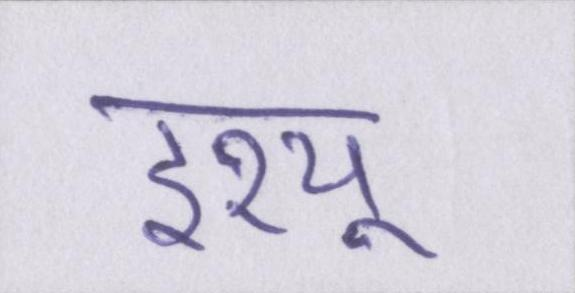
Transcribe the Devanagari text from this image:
इश्यू